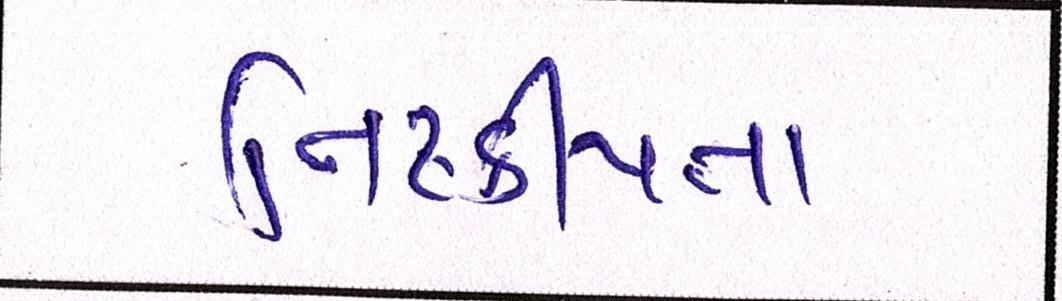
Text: નિષ્ક્રીયતા